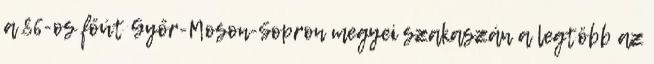
a 86-os főút Győr-Moson-Sopron megyei szakaszán a legtöbb az